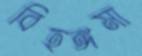
বিহঙ্গমা